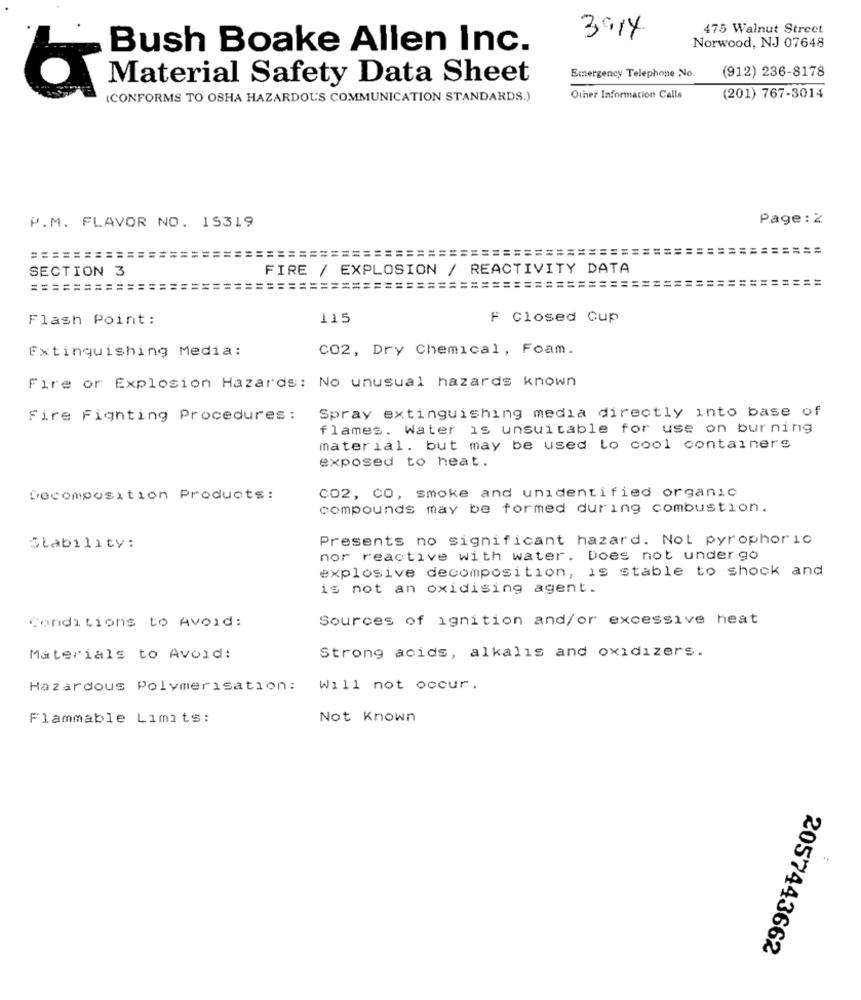
475 Walnut Street
3914
Norwood, NJ 07648
Bush Boake Allen Inc.
(912) 236-8178
Material Safety Data Sheet
Emergency Telephone No.
(CONFORMS TO OSHA HAZARDOUS COMMUNICATION STANDARDS.)
Other Information Calls
(201) 767-3014
Page : 2
P.M. FLAVOR NO. 15319
===========================================================
SECTION 3
FIRE / EXPLOSION / REACTIVITY DATA
=========
=============
=====================
Flash Point:
115
F Closed Cup
Extinguishing Media:
CO2, Dry Chemical, Foam.
Fire or Explosion Hazards: No unusual hazards known
Spray extinguishing media directly into base of
Fire Fighting Procedures :
flames. Water is unsuitable for use on burning
material. but may be used lo cool containers
exposed to heat.
CO2, CO, smoke and unidentified organic
Decomposition Products :
compounds may be formed during combustion.
Presents no significant hazard. Not pyrophoric
Stability:
nor reactive with water. Does not under go
explosive decomposition, is stable to shock and
is not an oxidising agent.
Conditions to Avoid:
Sources of ignition and/or excessive heat
Materials to Avoid:
Strong acids, alkalis and oxidizers.
Hazardous Polymerisation: Will not occur.
Flammable Limits:
Not Known
2057443662